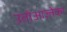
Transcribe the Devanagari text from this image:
उतोआज़्तेका